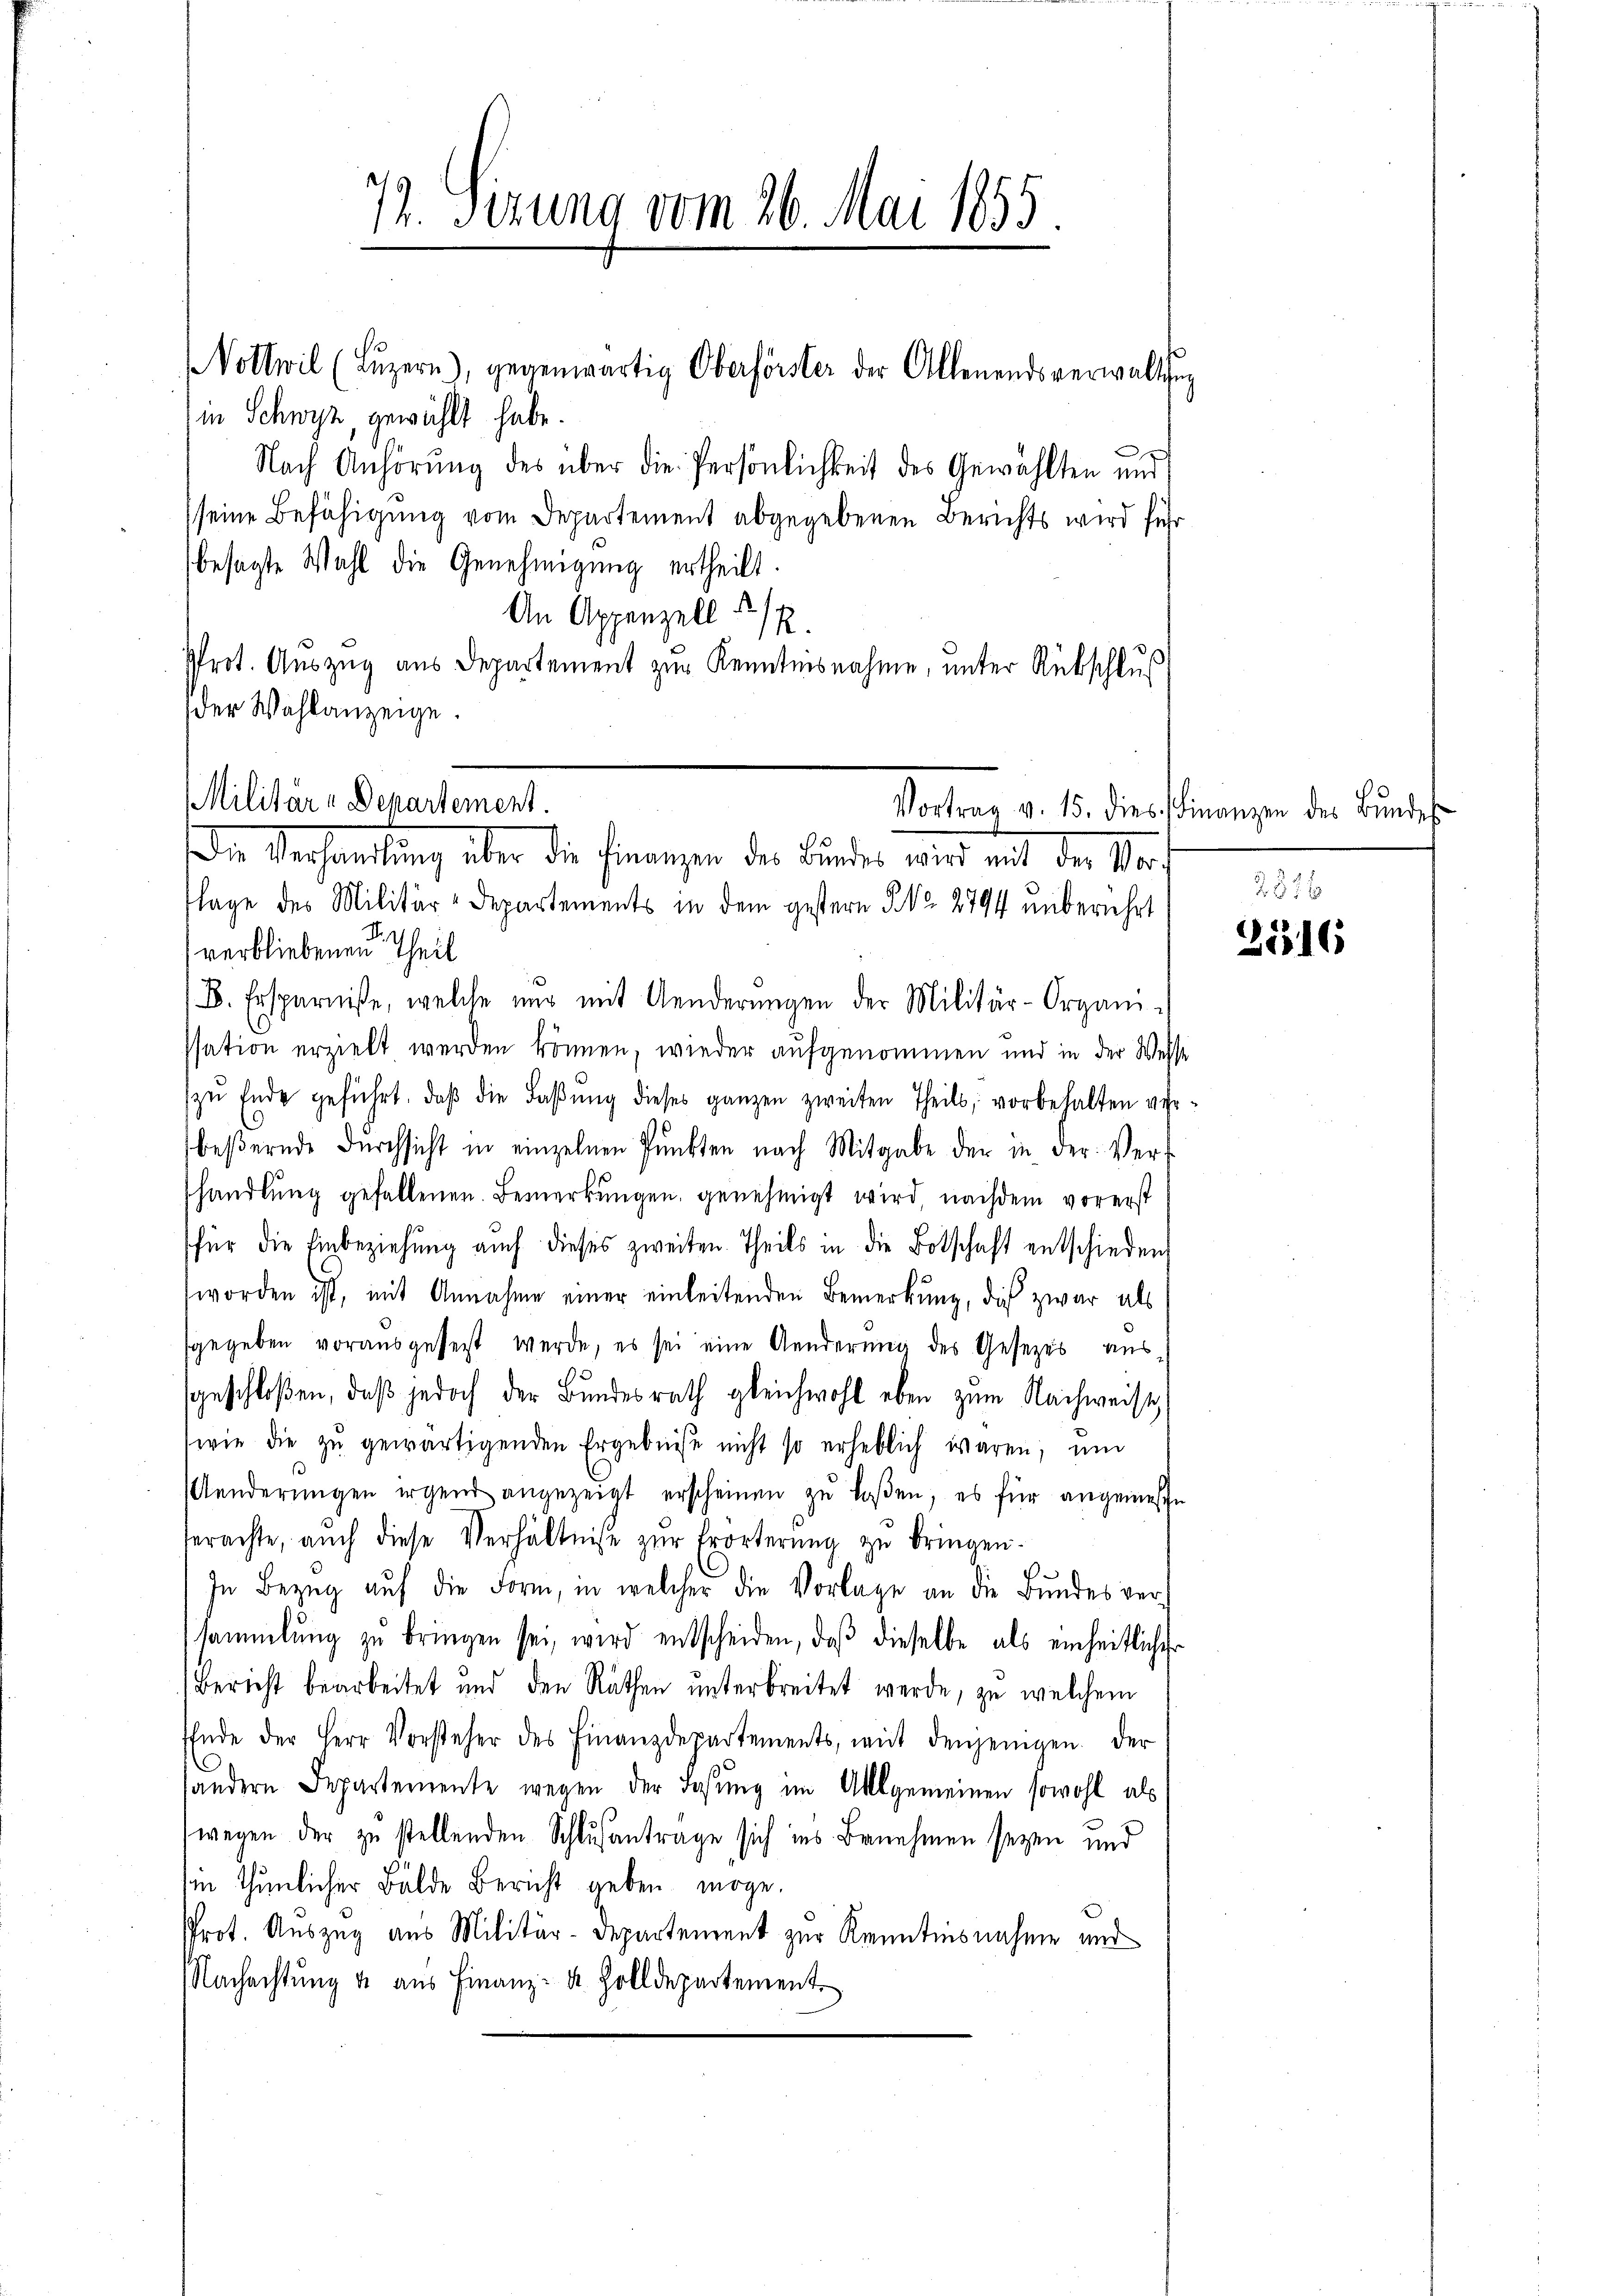
77. Sizung vom 26. Mai 1855.

in Schwyz, gewählt habe.
Nach Anhörung des über die Persönlichkeit des Gewählten und
seine Befähigung vom Departement abgegebenen Berichts wird für
besagte Wahl die Genehmigung ertheilt.
An Appenzell 1/2
Prot. Auszug aus Departement zur Kenntnisnahme, unter Rübschlus
(der Wahlanzeige.

Vollwil (Lŭzern), gegenwärtig Oberförster der Allenendsverwaltsun

Militär-Departement.

Die Verhandlung über die Finanzen der Linder, wird mit der Vo
lage des Militär-Departements in dem gestern No 2794 unberührt
verbliebenen Theil
B. Ersparnisse, welche und mit Aenderungen der Militär-Organi-
ssation erzielt werden können, wieder aufgenommen und in der Wesse
zu Ende geführt, daβ die Faβŭng dieses ganzen zweiten Theils, vorbehalten verbeβernde Dŭrchsicht in einzelnen Pŭnkten nach Mitgabe der in der Verf
shandlung gefallenen Bemerkungen, genehmigt wird, nachdem vorerst
für die Einbeziehung auch dieses zweiten Theils in die Botschaft entschieden
worden ist, mit Annahme einer einleitenden Bemerkung, dies zwar als
gegeben vorausgeset werde, es sei eine Aenderung des Gesetzes ausgeschloßen, daß jedoch der Bundesrath gleichwohl eben zum Nachweiste
wie die zŭ gewärtigenden Ergebnisse nicht so erheblich waren, und
Aenderŭngen irgend angezeigt erscheinen zŭ lassen, es für angemesse
terachte, aŭch diese Verhältnisse zŭr Erörterŭng zŭ bringen.
n
In Bezug auf die Form, in welcher die Vorlage an die Bundes versammlung zŭ bringen sei, wird entscheiden, daβ dieselbe als einheitlicher
Bericht bearbeitet und den Räthen unterbreitet werde, zu welchem
EEnde der Herr Vorsteher des Finanzdepartements, mit denjenigen. Der
andern Departemente wegen der Losung im Allgemeinen sowohl als
wegen der zu stellenden Schlußantrage sich ins Benehmen seyen und
sein thunlicher Bälde Bericht geben möge.
Prot. Auszug aus Militär-Departement zur Kenntnisnahme und
NNachachtung & aus Finanz- u. Zolldepartement

Vortrag v. 15. dies Finanzen des Bŭndes

2326
25316